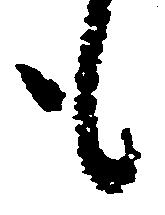
も